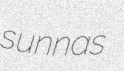
sunnas